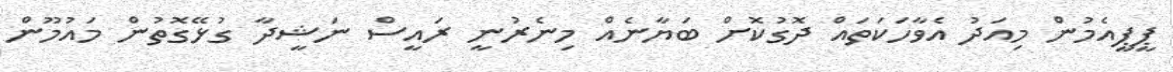
ޕީޕީއެމުން މިއަދު އެވާހަކަތައް ދޮގުކޮށް ބަޔާނެއް މިނެރުނީ ރައީސް ނަޝީދާ ގުޅޭގޮތުން މައުމޫން